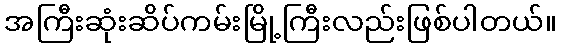
အကြီးဆုံးဆိပ်ကမ်းမြို့ကြီးလည်းဖြစ်ပါတယ်။